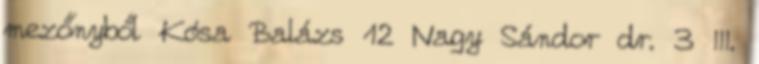
mezőnyből Kósa Balázs 12 Nagy Sándor dr. 3 III.